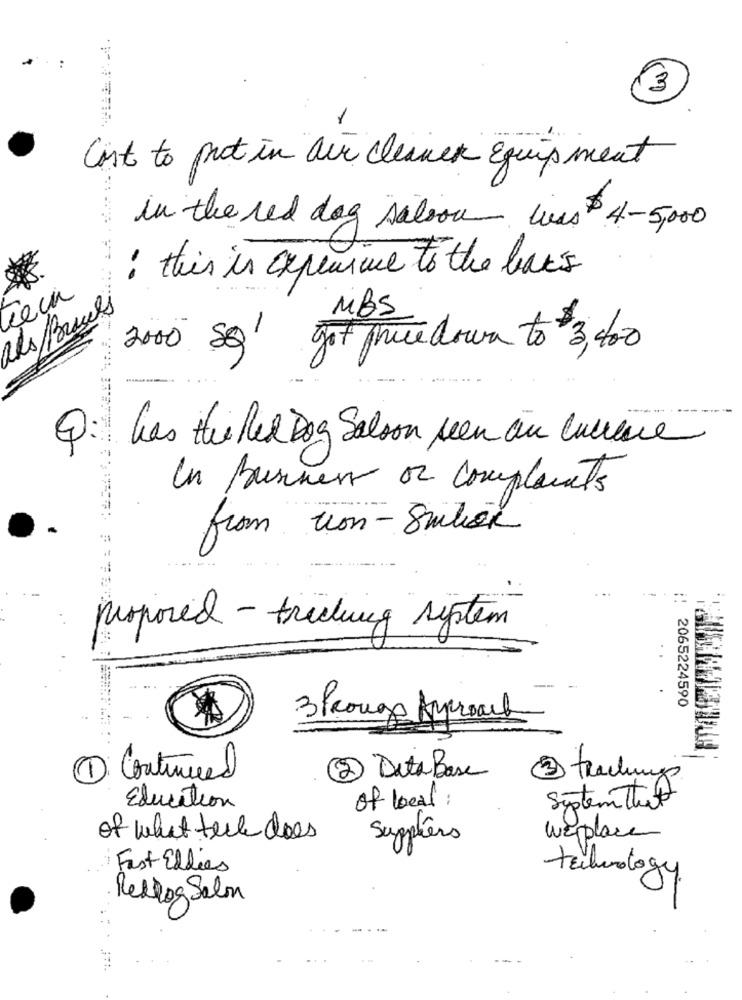
:
3
Cost to put in air cleaner Equipment
in the red dog salsou was 4-5,000
: this is expensive to the bars
tiein
Rds/Braces
MBS
2000 SQ
got price down to 3, 400
Q: has the Red Dog Salson seen an currence
In Business or complaints
from von-Smilion
proposed - trading system
2065224590
3 Prouge Approach
trackungs
1 Continued
2 Data Base
of local:
Education
System That
of what teck does
Suppliers
Weplace
Fast Eddies
technology.
Reblog Salon